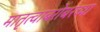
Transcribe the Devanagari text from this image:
मातृत्वाबरोबरच्या